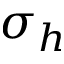
\sigma _ { h }